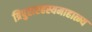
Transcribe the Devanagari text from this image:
त्रिपुरारहस्यमाहात्म्य